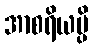
အာစရိယမ္ပိ